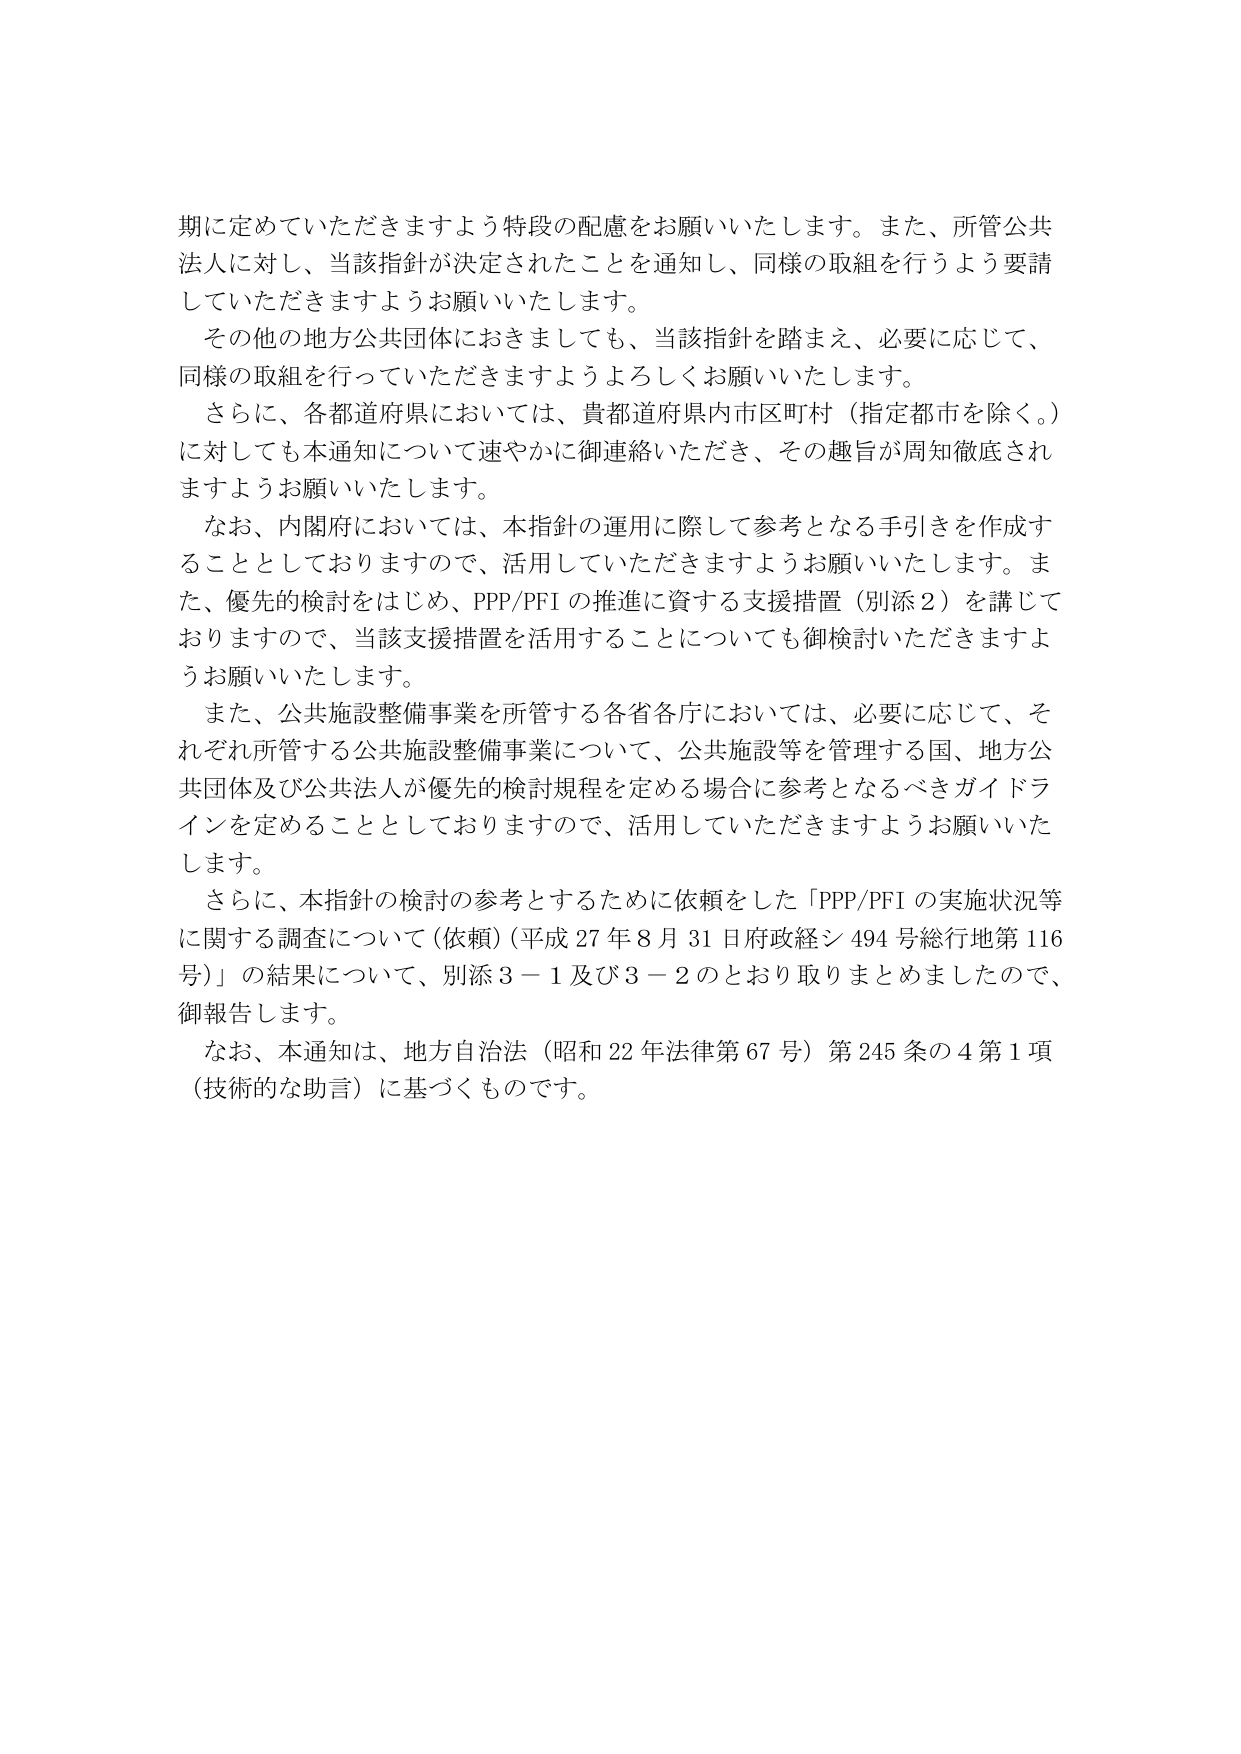
期に定めていただきますよう特段の配慮をお願いいたします。また、所管公共法人に対し、当該指針が決定されたことを通知し、同様の取組を行うよう要請していただきますようお願いいたします。

その他の地方公共団体におきましても、当該指針を踏まえ、必要に応じて、同様の取組を行っていただきますようよろしくお願いいたします。

さらに、各都道府県においては、貴都道府県内市区町村（指定都市を除く。）に対しても本通知について速やかに御連絡いただき、その趣旨が周知徹底されますようお願いいたします。

なお、内閣府においては、本指針の運用に際して参考となる手引きを作成することとしておりますので、活用していただきますようお願いいたします。また、優先的検討をはじめ、PPP/PFI の推進に資する支援措置（別添２）を講じておりますので、当該支援措置を活用することについても御検討いただきますようお願いいたします。

また、公共施設整備事業を所管する各省各庁においては、必要に応じて、それぞれ所管する公共施設整備事業について、公共施設等を管理する国、地方公共団体及び公共法人が優先的検討規程を定める場合に参考となるべきガイドラインを定めることとしておりますので、活用していただきますようお願いいたします。

さらに、本指針の検討の参考とするために依頼をした「PPP/PFI の実施状況等に関する調査について（依頼）（平成 27 年 8 月 31 日府政経シ 494 号総行地第 116 号）」の結果について、別添 3－1 及び 3－2 のとおり取りまとめましたので、御報告します。

なお、本通知は、地方自治法（昭和 22 年法律第 67 号）第 245 条の 4 第 1 項（技術的な助言）に基づくものです。